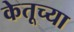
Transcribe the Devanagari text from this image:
केतूच्या